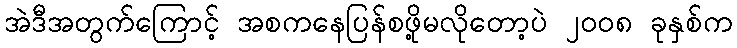
အဲဒီအတွက်ကြောင့် အစကနေပြန်စဖို့မလိုတော့ပဲ ၂၀၀၈ ခုနှစ်က